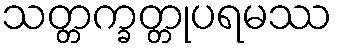
သတ္တက္ခတ္တုပရမဿ